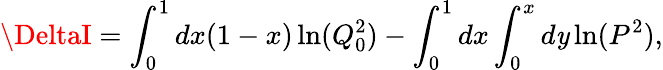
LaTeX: \DeltaI=\int_{0}^{1}dx(1-x)\ln(Q_{0}^{2})-\int_{0}^{1}dx\int_{0}^{x}d\mathit{y}\ln(P^{2}),